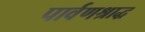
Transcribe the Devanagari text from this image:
पार्वणश्राद्ध